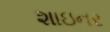
શાઇનર